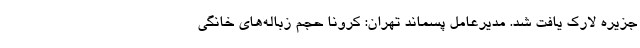
جزیره لارک یافت شد. مدیرعامل پسماند تهران: کرونا حجم زباله‌های خانگی